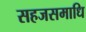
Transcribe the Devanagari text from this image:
सहजसमाधि